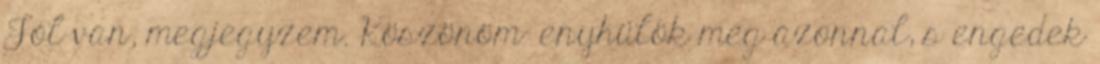
Jól van, megjegyzem. Köszönöm- enyhülök meg azonnal, s engedek